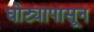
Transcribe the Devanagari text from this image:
घोट्यापासून